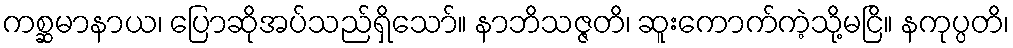
ကစ္ဆမာနာယ၊ ပြောဆိုအပ်သည်ရှိသော်။ နာဘိသဇ္ဇတိ၊ ဆူးကောက်ကဲ့သို့မငြိ။ နကုပ္ပတိ၊